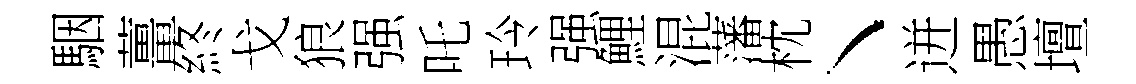
駰薑終戈狼强吒玲强鯉混藩枕丶迸愚壇